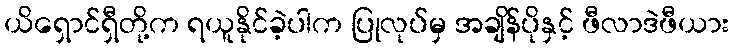
ယိရှောင်ရှီတို့က ရယူနိုင်ခဲ့ပါက ပြုလုပ်မှ အချိန်ပိုနှင့် ဖီလာဒဲဖီယား